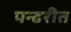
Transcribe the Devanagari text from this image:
पन्ढरीत